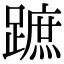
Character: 蹠